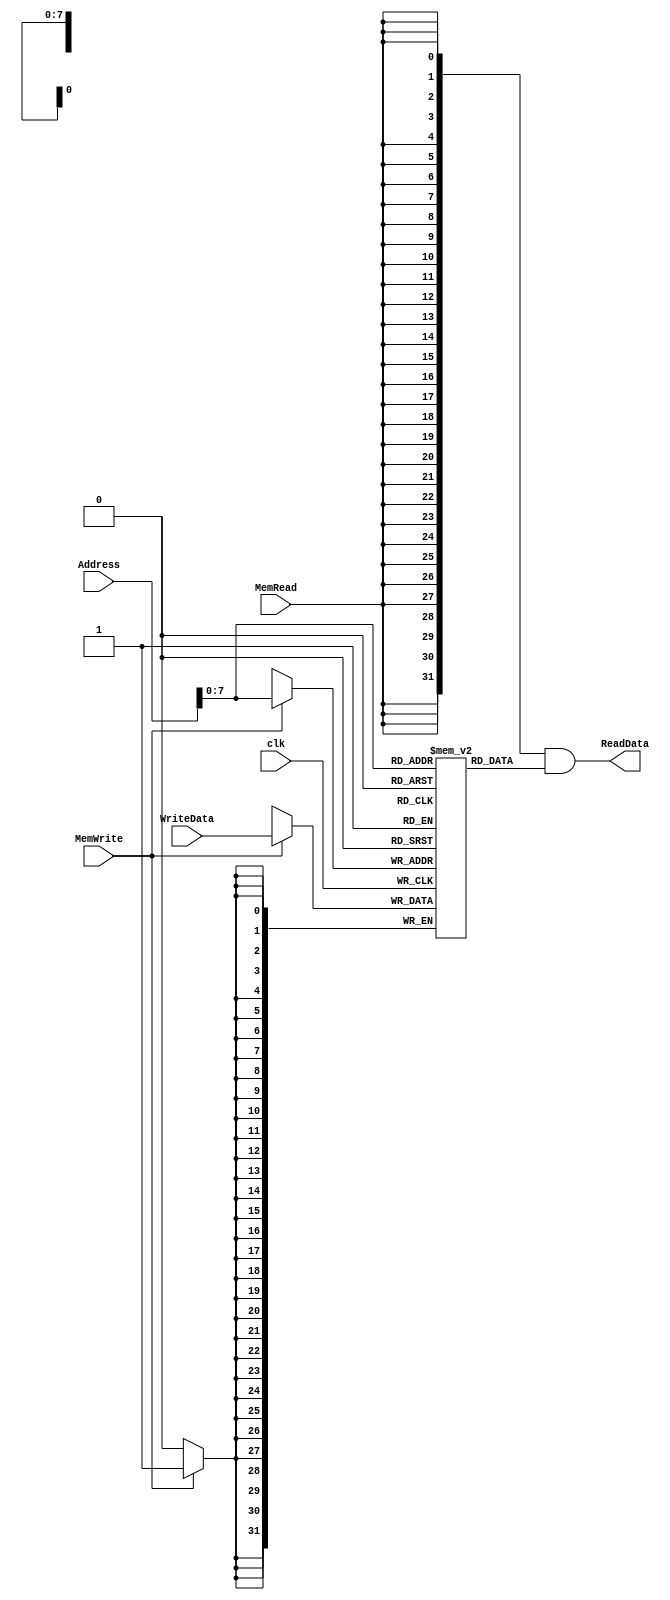
/******************************************************************
* Description
*	This is the data memory for the MIPS processor
*	1.0
* Author:
*	Dr. Jos Luis Pizano Escalante
* email:
*	luispizano@iteso.mx
* Date:
*	01/03/2014
******************************************************************/

module DataMemory 
#(	parameter DATA_WIDTH=32,
	parameter MEMORY_DEPTH = 256 //256 palabras, 32 bits cada uno x4

)
(
	input [DATA_WIDTH-1:0] WriteData,
	input [DATA_WIDTH-1:0]  Address,
	input MemWrite,MemRead, clk,
	output  [DATA_WIDTH-1:0]  ReadData
);
	
	// Declare the RAM variable
	reg [DATA_WIDTH-1:0] ram[MEMORY_DEPTH-1:0];
	wire [DATA_WIDTH-1:0] ReadDataAux;
	
	//wire [DATA_WIDTH-1:0] TempAddress;
	//assign TempAddress = (Address-32'h10010000)/4;


	always @ (posedge clk)
	begin
		// Write
		if (MemWrite)
			ram[Address] <= WriteData;
	end
	assign ReadDataAux = ram[Address];
  	assign ReadData = {DATA_WIDTH{MemRead}}& ReadDataAux;

endmodule